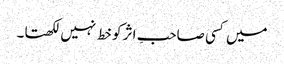
میں کسی صاحبِ اثر کو خط نہیں لکھتا۔